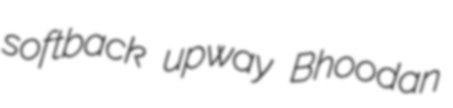
softback upway Bhoodan